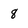
Character: 8